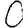
Digit: 0